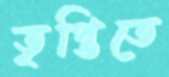
তৃপ্তিতে